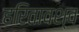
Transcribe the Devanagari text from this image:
हरितावश्व